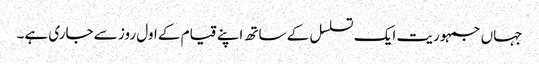
جہاں جمہوریت ایک تسلسل کے ساتھ اپنے قیام کے اول روز سے جاری ہے۔